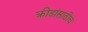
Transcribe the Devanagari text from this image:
क्रीडांसाठीचे